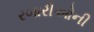
રબારીઓની